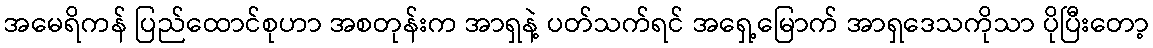
အမေရိကန် ပြည်ထောင်စုဟာ အစတုန်းက အာရှနဲ့ ပတ်သက်ရင် အရှေ့မြောက် အာရှဒေသကိုသာ ပိုပြီးတော့